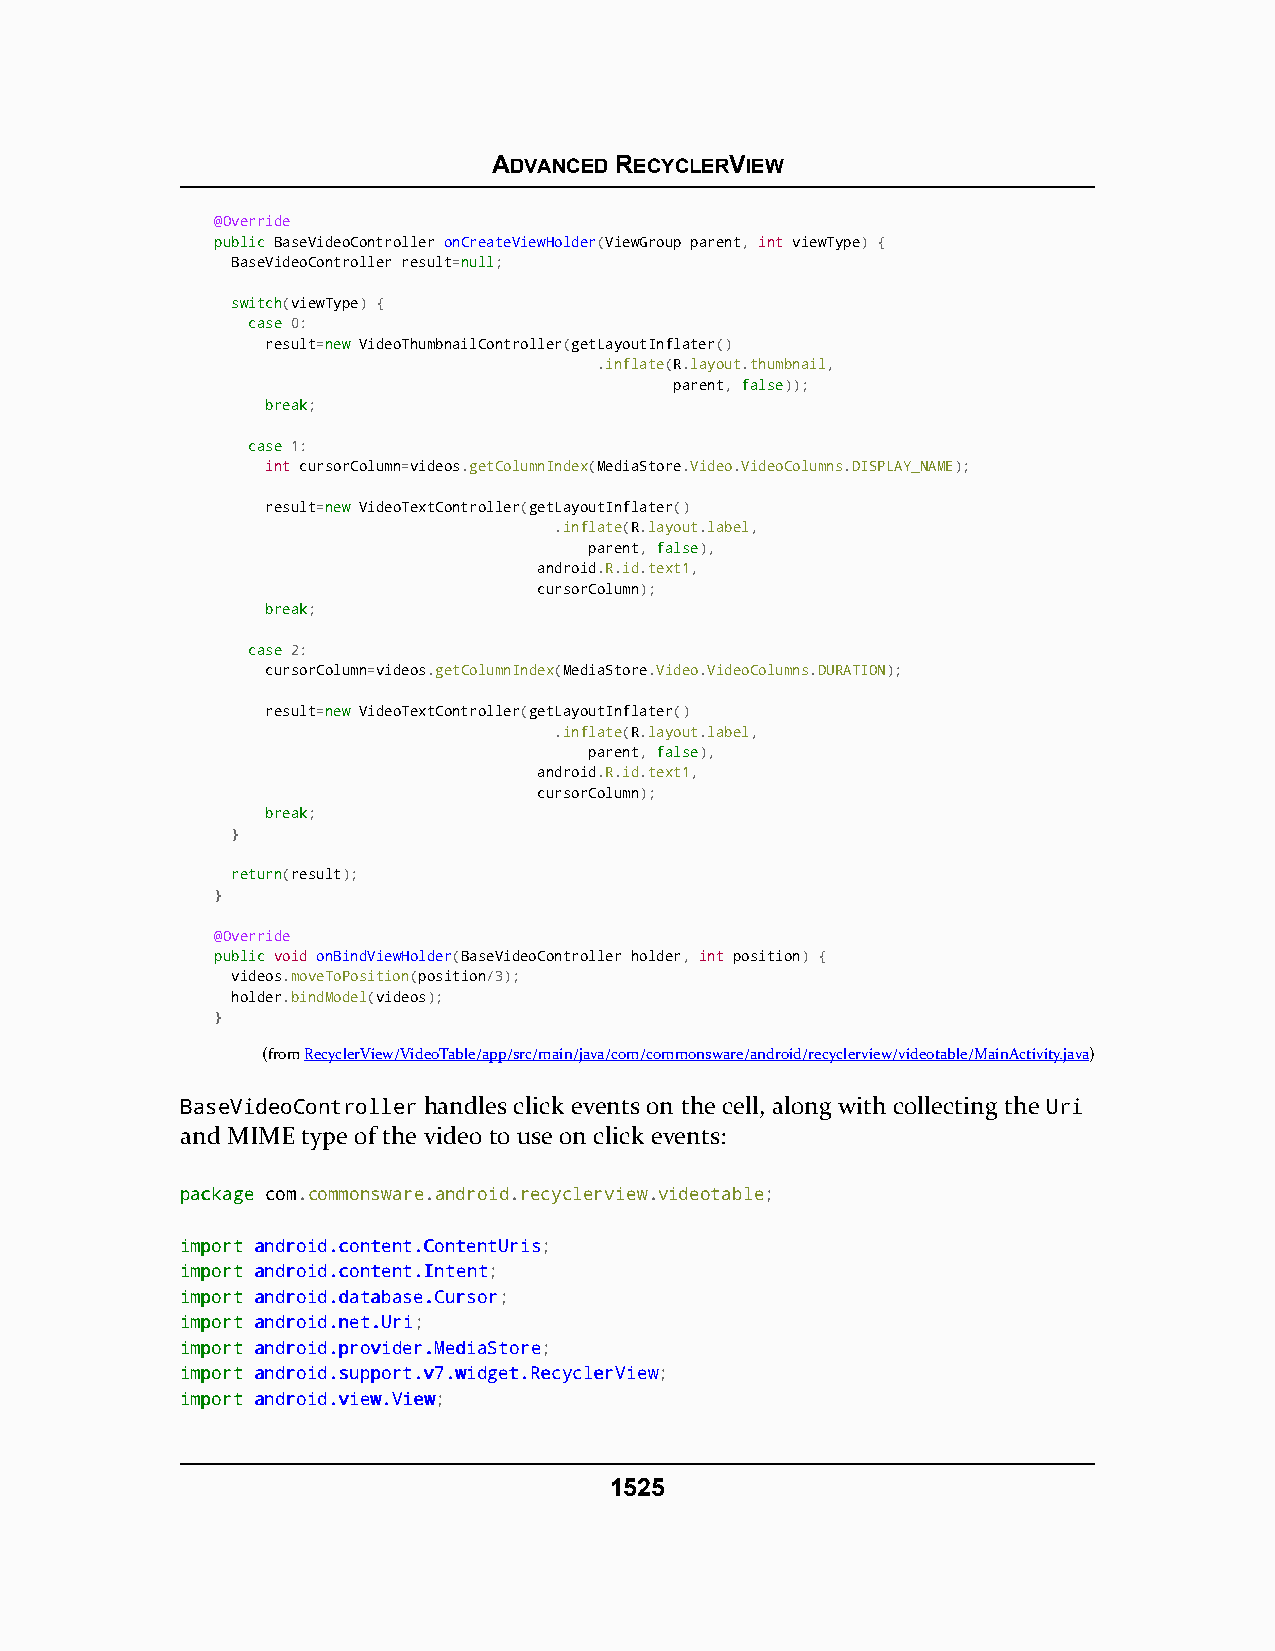
ADVANCED RECYCLERVIEW
 @Override
 ppuubblliicc BaseVideoController onCreateViewHolder(ViewGroup parent, int viewType) {
 BaseVideoController result=nnuullll;
 sswwiittcchh(viewType) {
 ccaassee 0:
 result=nneeww VideoThumbnailController(getLayoutInflater()
 .inflate(R.layout.thumbnail,
 parent, ffaallssee));
 bbrreeaakk;
 ccaassee 1:
 int cursorColumn=videos.getColumnIndex(MediaStore.Video.VideoColumns.DISPLAY_NAME);
 result=nneeww VideoTextController(getLayoutInflater()
 .inflate(R.layout.label,
 parent, ffaallssee),
 android.R.id.text1,
 cursorColumn);
 bbrreeaakk;
 ccaassee 2:
 cursorColumn=videos.getColumnIndex(MediaStore.Video.VideoColumns.DURATION);
 result=nneeww VideoTextController(getLayoutInflater()
 .inflate(R.layout.label,
 parent, ffaallssee),
 android.R.id.text1,
 cursorColumn);
 bbrreeaakk;
 }
 rreettuurrnn(result);
 }
 @Override
 ppuubblliicc void onBindViewHolder(BaseVideoController holder, int position) {
 videos.moveToPosition(position/3);
 holder.bindModel(videos);
 }
 (fromRecyclerView/VideoTable/app/src/main/java/com/commonsware/android/recyclerview/videotable/MainActivity.java)
 BaseVideoController handles click events on the cell, along with collecting the Uri
 and MIME type of the video to use on click events:
 ppaacckkaaggee com.commonsware.android.recyclerview.videotable;
 iimmppoorrtt aannddrrooiidd..ccoonntteenntt..CCoonntteennttUUrriiss;
 iimmppoorrtt aannddrrooiidd..ccoonntteenntt..IInntteenntt;
 iimmppoorrtt aannddrrooiidd..ddaattaabbaassee..CCuurrssoorr;
 iimmppoorrtt aannddrrooiidd..nneett..UUrrii;
 iimmppoorrtt aannddrrooiidd..pprroovviiddeerr..MMeeddiiaaSSttoorree;
 iimmppoorrtt aannddrrooiidd..ssuuppppoorrtt..vv77..wwiiddggeett..RReeccyycclleerrVViieeww;
 iimmppoorrtt aannddrrooiidd..vviieeww..VViieeww;
 1525